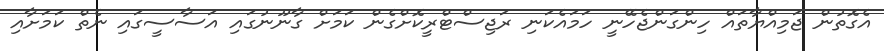
އެގޮތުން ޖަމިއްޔާތައް ހިންގަންޖެހޭނީ ހަމައެކަނި ރަޖިސްޓްރީކޮށްގެން ކަމަށް ގާނޫނުގައި އަސާސީގައި ނެތް ކަމަށާއި